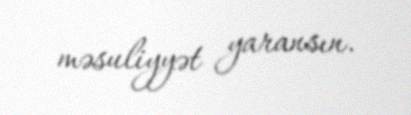
məsuliyyət yaransın.